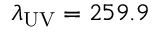
\lambda _ { \mathrm { U V } } = 2 5 9 . 9